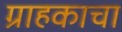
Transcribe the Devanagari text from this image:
ग्राहकाचा